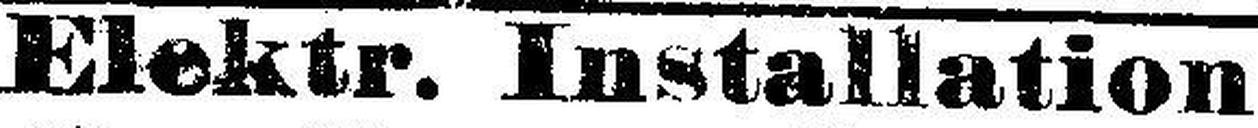
Elektr. Installation